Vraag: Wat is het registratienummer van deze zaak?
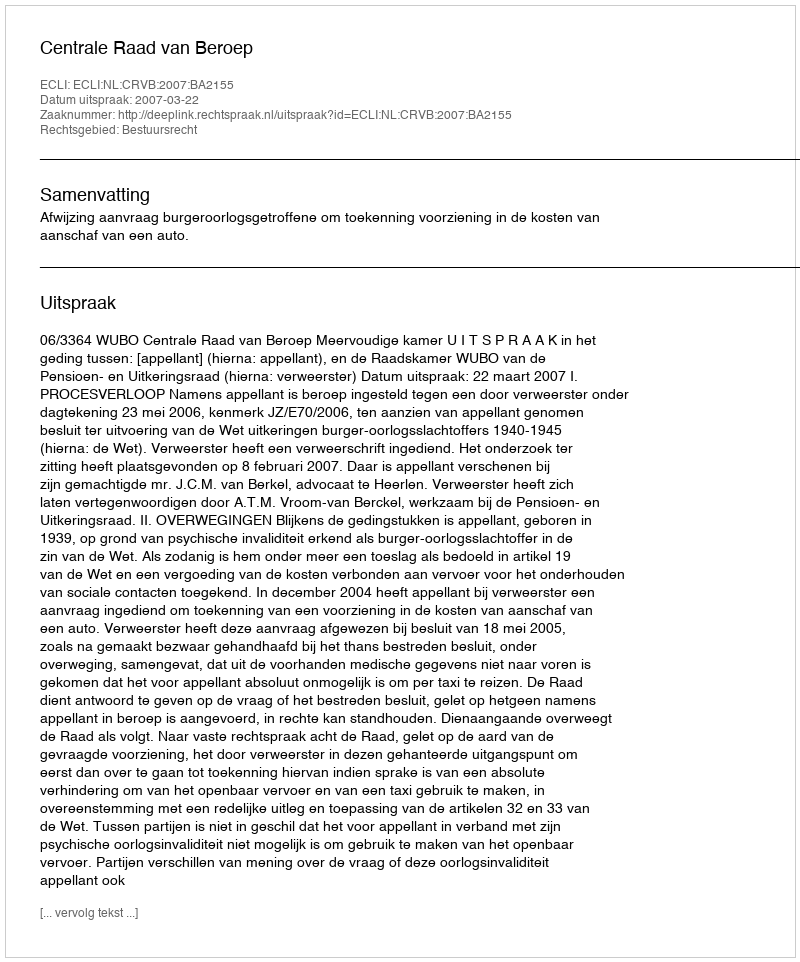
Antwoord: http://deeplink.rechtspraak.nl/uitspraak?id=ECLI:NL:CRVB:2007:BA2155